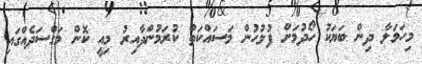
މިހަމަލާ ދިން ބަޔަކު ހޯދުމަށް ފުލުހުން މަސައްކަތް ކުރަމުންދާއިރު މިއީ ކޮން މަގްސަދެއްގައި